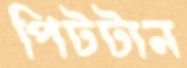
পিটটান